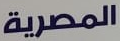
المصرية